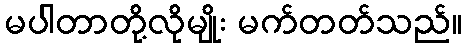
မပါတာတို့လိုမျိုး မက်တတ်သည်။